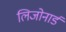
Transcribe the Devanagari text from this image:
लिजोनार्ड